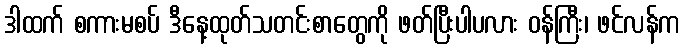
ဒါထက် စကားမစပ် ဒီနေ့ထုတ်သတင်းစာတွေကို ဖတ်ပြီးပါပလား ဝန်ကြီး၊ ဖင်လန်က